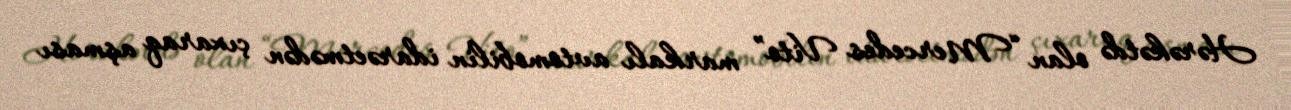
Hərəkətdə olan “Mercedes Vito” markalı avtomobilin idarəetmədən çıxaraq aşması